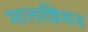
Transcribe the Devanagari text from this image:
मालाशिवाय